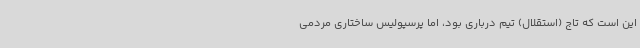
این است که تاج (استقلال) تیم درباری بود، اما پرسپولیس ساختاری مردمی